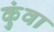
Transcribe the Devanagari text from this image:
कुंवा